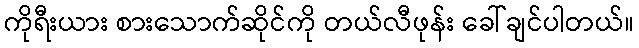
ကိုရီးယား စားသောက်ဆိုင်ကို တယ်လီဖုန်း ခေါ်ချင်ပါတယ်။